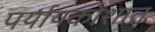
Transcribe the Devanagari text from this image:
पर्यायकोशात